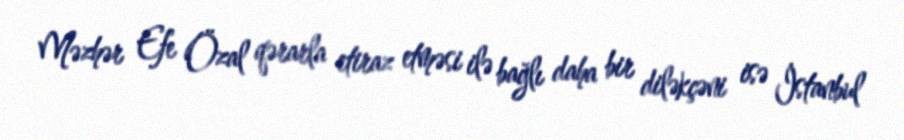
Məzhər Efe Özal qərarla etiraz etməsi ilə bağlı daha bir diləkçəni isə İstanbul